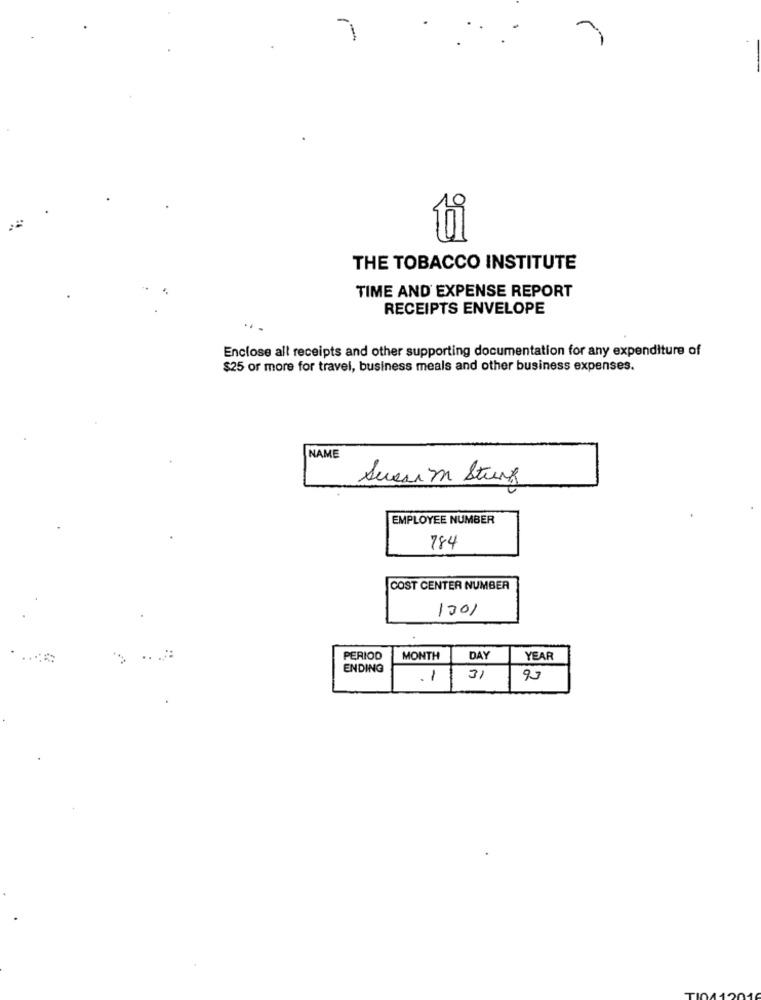
-
--
THE TOBACCO INSTITUTE
TIME AND EXPENSE REPORT
RECEIPTS ENVELOPE
..
Enclose all receipts and other supporting documentation for any expenditure of
$25 or more for travel, business meals and other business expenses.
NAME
Severim Strung
EMPLOYEE NUMBER
784
COST CENTER NUMBER
1001
PERIOD
MONTH
DAY
YEAR
ENDING
.1
31